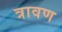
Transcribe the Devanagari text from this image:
त्रावण